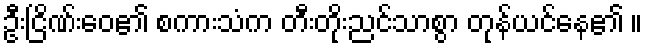
ဦးငြိဏ်းဝေ၏ စကားသံက တီးတိုးညင်သာစွာ တုန်ယင်နေ၏ ။